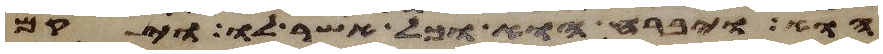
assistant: הוא ויברח הוא וכל אשר לו ויקם